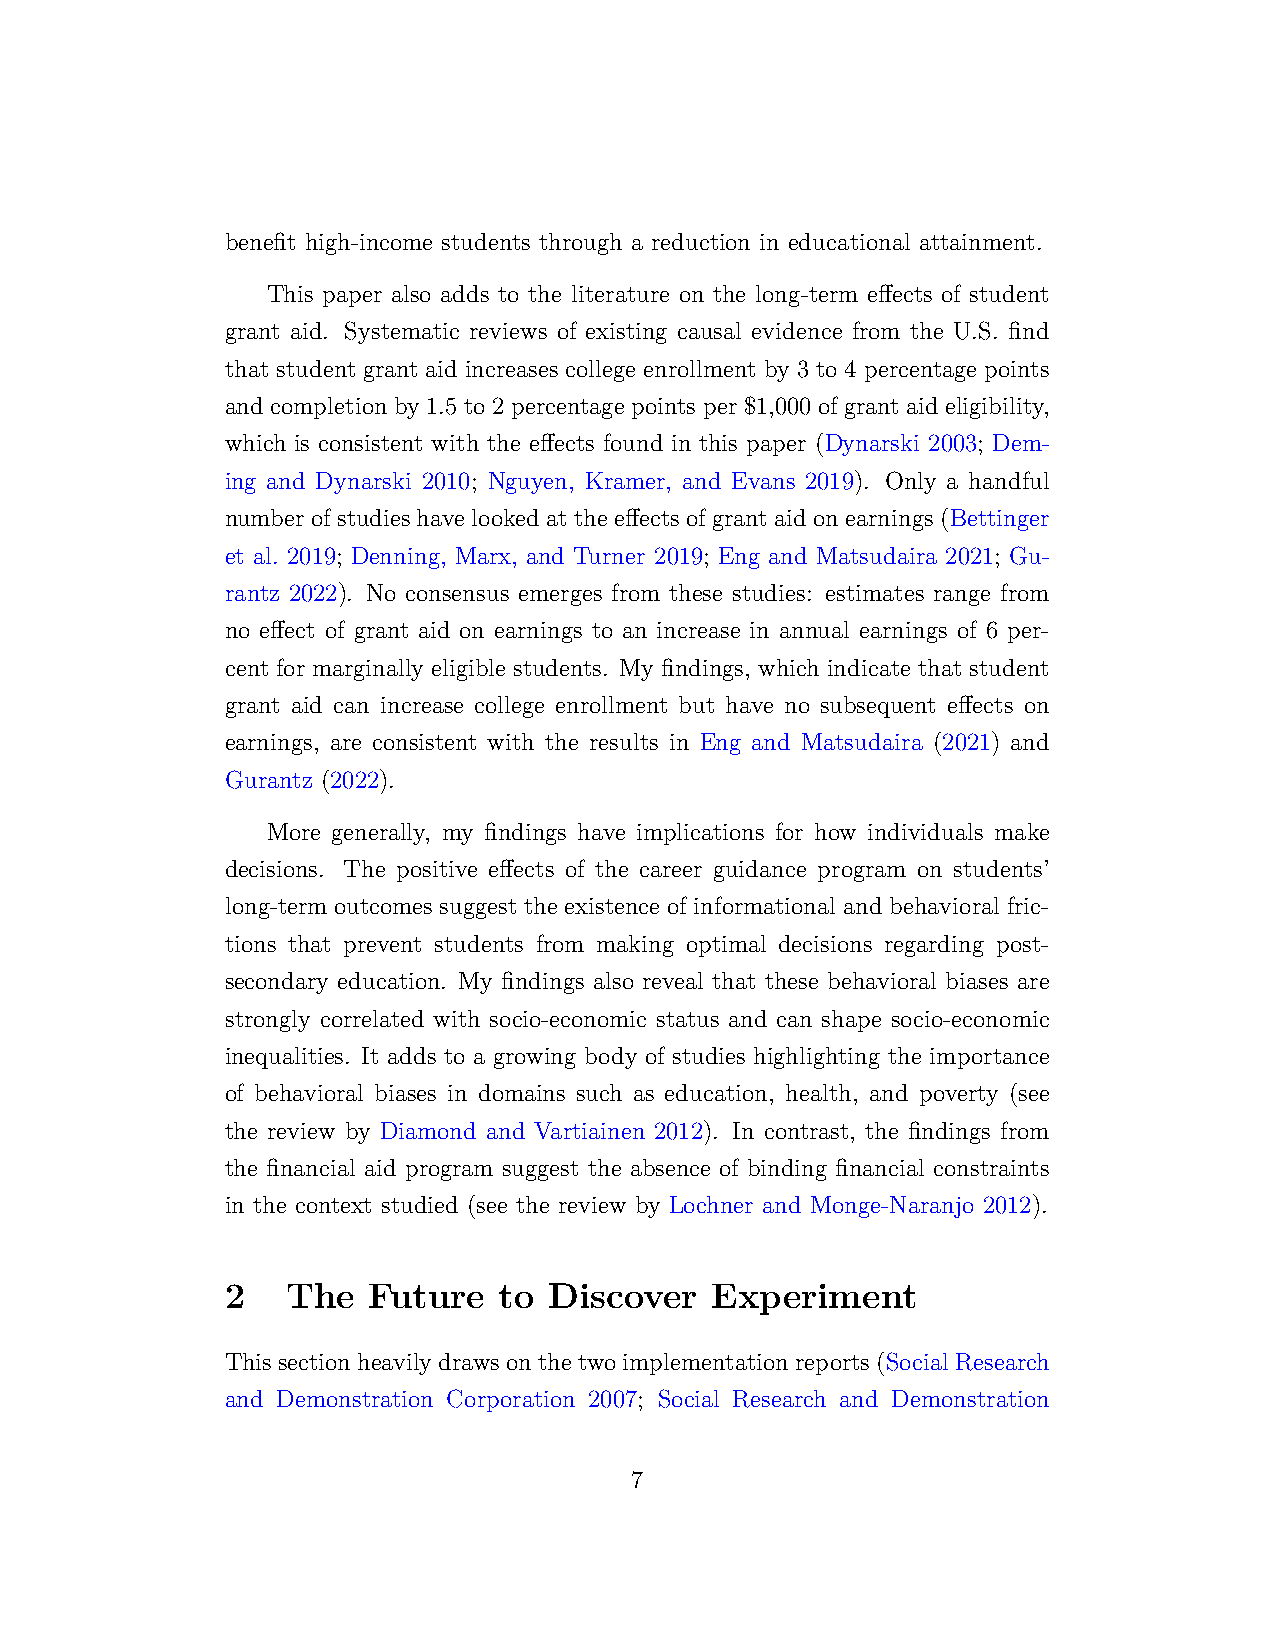
benefit high-income students through a reduction in educational attainment.
 This paper also adds to the literature on the long-term effects of student
 grant aid. Systematic reviews of existing causal evidence from the U.S. find
 that student grant aid increases college enrollment by 3 to 4 percentage points
 and completion by 1.5 to 2 percentage points per $1,000 of grant aid eligibility,
 which is consistent with the effects found in this paper (Dynarski 2003; Dem-
 ing and Dynarski 2010; Nguyen, Kramer, and Evans 2019). Only a handful
 number of studies have looked at the effects of grant aid on earnings (Bettinger
 et al. 2019; Denning, Marx, and Turner 2019; Eng and Matsudaira 2021; Gu-
 rantz 2022). No consensus emerges from these studies: estimates range from
 no effect of grant aid on earnings to an increase in annual earnings of 6 per-
 cent for marginally eligible students. My findings, which indicate that student
 grant aid can increase college enrollment but have no subsequent effects on
 earnings, are consistent with the results in Eng and Matsudaira (2021) and
 Gurantz (2022).
 More generally, my findings have implications for how individuals make
 decisions. The positive effects of the career guidance program on students’
 long-term outcomes suggest the existence of informational and behavioral fric-
 tions that prevent students from making optimal decisions regarding post-
 secondary education. My findings also reveal that these behavioral biases are
 strongly correlated with socio-economic status and can shape socio-economic
 inequalities. It adds to a growing body of studies highlighting the importance
 of behavioral biases in domains such as education, health, and poverty (see
 the review by Diamond and Vartiainen 2012). In contrast, the findings from
 the financial aid program suggest the absence of binding financial constraints
 in the context studied (see the review by Lochner and Monge-Naranjo 2012).
 2   The  Future   to Discover   Experiment
 Thissectionheavilydrawsonthetwoimplementationreports(SocialResearch
 and Demonstration Corporation 2007; Social Research and Demonstration
 7